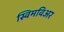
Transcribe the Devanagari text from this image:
स्विमविअर